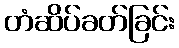
တံဆိပ်ခတ်ခြင်း